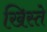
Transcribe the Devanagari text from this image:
खिस्ते